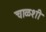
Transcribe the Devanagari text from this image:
चाळशी